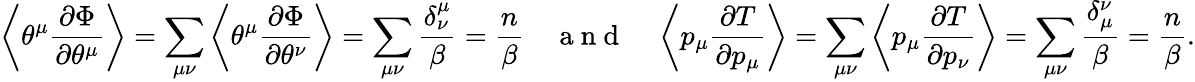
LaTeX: \left\langle\theta^{\mu}\frac{\partial\Phi}{\partial\theta^{\mu}}\right\rangle=\sum_{\mu\nu}\left\langle\theta^{\mu}\frac{\partial\Phi}{\partial\theta^{\nu}}\right\rangle=\sum_{\mu\nu}\frac{\delta_{\nu}^{\mu}}{\beta}=\frac{n}{\beta}\quad\mathrm{~a~n~d~}\quad\left\langle p_{\mu}\frac{\partial T}{\partial p_{\mu}}\right\rangle=\sum_{\mu\nu}\left\langle p_{\mu}\frac{\partial T}{\partial p_{\nu}}\right\rangle=\sum_{\mu\nu}\frac{\delta_{\mu}^{\nu}}{\beta}=\frac{n}{\beta}.